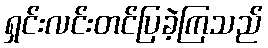
ရှင်းလင်းတင်ပြခဲ့ကြသည်